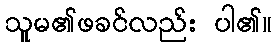
သူမ၏ဖခင်လည်း ပါ၏။